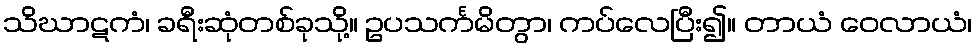
သိဃာဋကံ၊ ခရီးဆုံတစ်ခုသို့။ ဥပသင်္ကမိတွာ၊ ကပ်လေပြီး၍။ တာယံ ဝေလာယံ၊